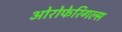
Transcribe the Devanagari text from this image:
ओरोफेरिगल्स